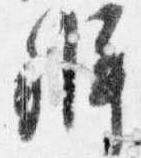
弁